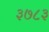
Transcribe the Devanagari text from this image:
३७८३